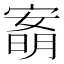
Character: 𡪙